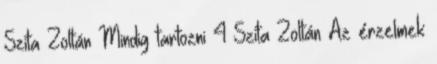
Szita Zoltán Mindig tartozni 4 Szita Zoltán Az érzelmek